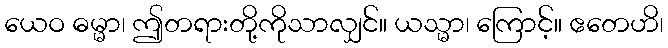
ယေဝ ဓမ္မာ၊ ဤတရားတို့ကိုသာလျှင်။ ယသ္မာ၊ ကြောင့်။ ဧတေဟိ၊